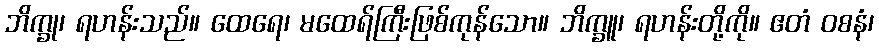
ဘိက္ခု၊ ရဟန်းသည်။ ထေရေ၊ မထေရ်ကြီးဖြစ်ကုန်သော။ ဘိက္ခူ၊ ရဟန်းတို့ကို။ ဧတံ ဝစနံ၊